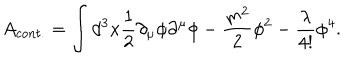
A _ { c o n t . } = \int d ^ { 3 } x \frac { 1 } { 2 } \partial _ { \mu } \phi \partial ^ { \mu } \phi - \frac { m ^ { 2 } } { 2 } \phi ^ { 2 } - \frac { \lambda } { 4 ! } \phi ^ { 4 } .